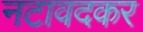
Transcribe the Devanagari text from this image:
नटावदकर